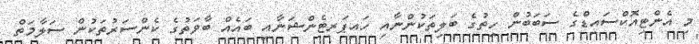
މި އެންޓިއޮކްސައިޑްގެ ސަބަބުން ހިތުގެ ބަލިތަކުންނާއި ހައިޕަރޓެންޝަނާއި ބައެއް ބާވަތުގެ ކެންސަރުތަކުން ސަލާމަތް